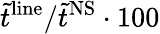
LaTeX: \tilde{t}^{\mathrm{line}}/\tilde{t}^{\mathrm{NS}}\cdot 100